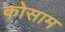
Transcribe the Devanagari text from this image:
कोसाम